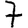
Digit: 7